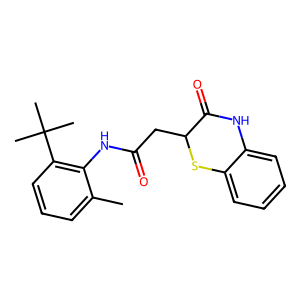
SMILES: Cc1cccc(C(C)(C)C)c1NC(=O)CC1Sc2ccccc2NC1=O
Inhibits HIV replication: No